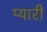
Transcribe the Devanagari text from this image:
प्‍यारी